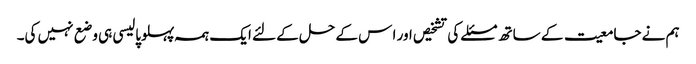
ہم نے جامعیت کے ساتھ مسئلے کی تشخیص اور ا س کے حل کے لئے ایک ہمہ پہلوپالیسی ہی وضع نہیں کی۔